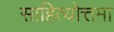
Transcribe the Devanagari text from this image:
साहित्योत्तमा